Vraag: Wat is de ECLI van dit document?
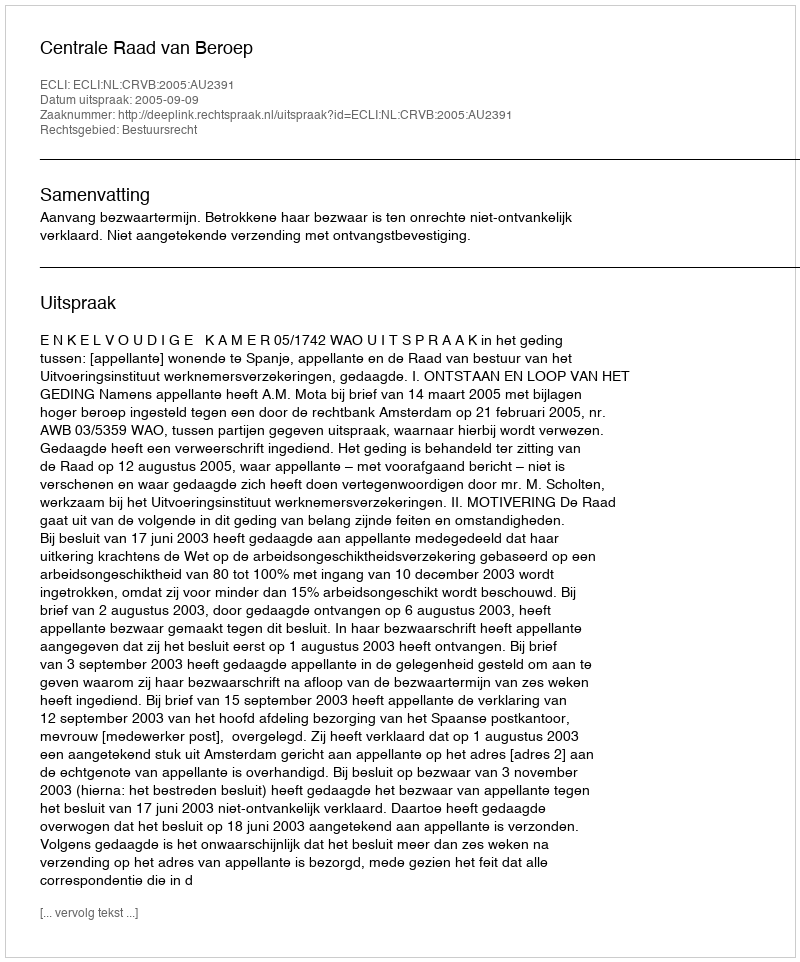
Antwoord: ECLI:NL:CRVB:2005:AU2391